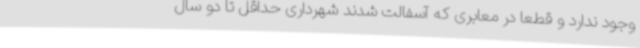
وجود ندارد و قطعا در معابری که آسفالت شدند شهرداری حداقل تا دو سال